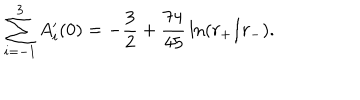
LaTeX: \sum _ { i = - 1 } ^ { 3 } A _ { i } ^ { \prime } ( 0 ) = - { \frac { 3 } { 2 } } + { \frac { 7 4 } { 4 5 } } \ln ( r _ { + } / r _ { - } ) .